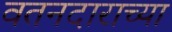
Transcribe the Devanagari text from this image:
वतनदाराच्या